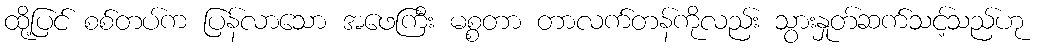
ထို့ပြင် စစ်တပ်က ပြန်လာသော အဖေကြီး မစ္စတာ တာလက်တန်ကိုလည်း သွားနှုတ်ဆက်သင့်သည်ဟု